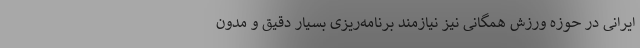
ایرانی در حوزه ورزش همگانی نیز نیازمند برنامه‌ریزی بسیار دقیق و مدون